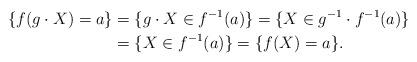
LaTeX: \begin{align*} \{f(g\cdot X)=a\} &=\{g\cdot X\in f^{-1}(a)\} =\{ X\in g^{-1}\cdot f^{-1}(a)\} \\& =\{ X\in f^{-1}(a)\} =\{f( X)=a\}. \end{align*}